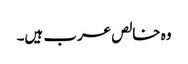
وہ خالص عرب ہیں۔